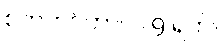
စက်တင်ဘာလ 9 ရက်။